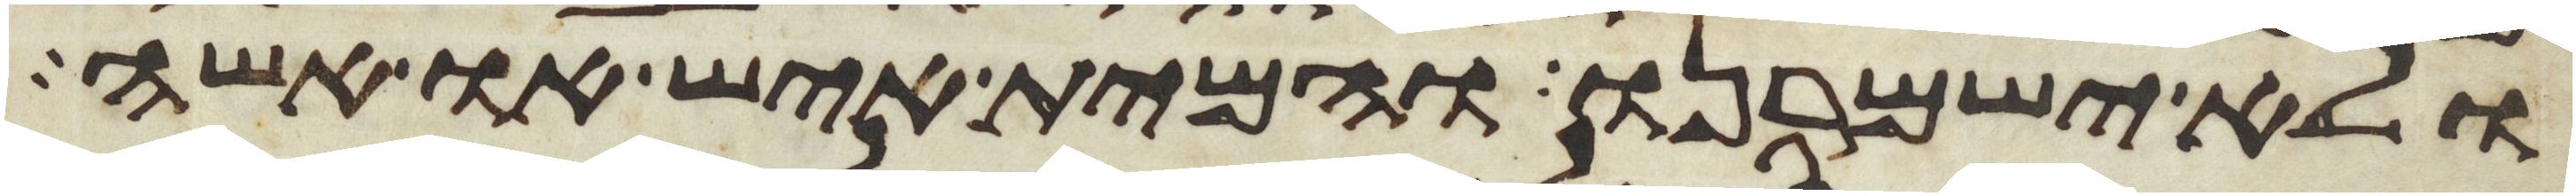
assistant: ולא ישמרנו והמית איש או אשה